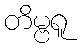
တိမ္ဗရူ